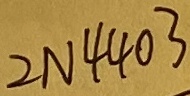
Text: 2N4403